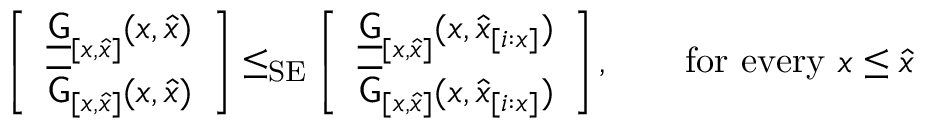
\begin{array} { r } { \left[ \begin{array} { l } { \underline { { \mathsf { G } } } _ { [ x , \widehat { x } ] } ( x , \widehat { x } ) } \\ { \overline { { \mathsf { G } } } _ { [ x , \widehat { x } ] } ( x , \widehat { x } ) } \end{array} \right] \le _ { \mathrm { S E } } \left[ \begin{array} { l } { \underline { { \mathsf { G } } } _ { [ x , \widehat { x } ] } ( x , \widehat { x } _ { [ i : x ] } ) } \\ { \overline { { \mathsf { G } } } _ { [ x , \widehat { x } ] } ( x , \widehat { x } _ { [ i : x ] } ) } \end{array} \right] , \qquad \mathrm { f o r ~ e v e r y ~ } x \le \widehat { x } } \end{array}